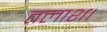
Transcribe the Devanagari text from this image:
तलाश।